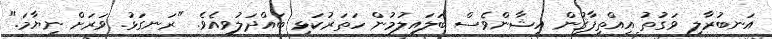
އަނބުރާލި ވަގުތު އިއްތިފާޤުން އިޝާންވެސް ބަލައިލުމުން ހަތަރުކަޅި ބައްދަލުވިއެވެ. "ރަނގަޅު. ވަރަށް ނިޔާމަ."